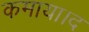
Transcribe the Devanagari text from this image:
कमाया।द